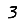
Digit: 3